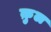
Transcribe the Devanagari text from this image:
क़ुल